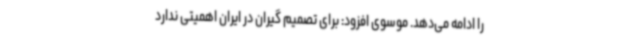
را ادامه می‌دهد. موسوی افزود: برای تصمیم گیران در ایران اهمیتی ندارد